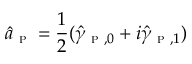
\hat { a } _ { \textsc { p } } = \frac { 1 } { 2 } ( \hat { \gamma } _ { \textsc { p } , 0 } + i \hat { \gamma } _ { \textsc { p } , 1 } )